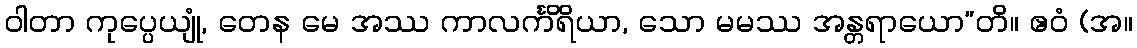
ဝါတာ ကုပ္ပေယျုံ, တေန မေ အဿ ကာလင်္ကိရိယာ, သော မမဿ အန္တရာယော”တိ။ ဧဝံ (အ။